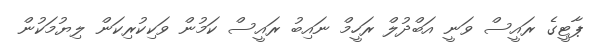
ޕާޓީގެ ރައީސް ވަނީ އަބްދުލް ރަހީމް ނައިބު ރައީސް ކަމުން ވަކިކުރިކަން ލިޔުމަކުން